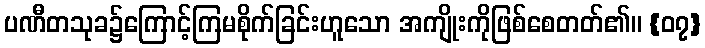
ပဏီတသုခ၌ကြောင့်ကြမစိုက်ခြင်းဟူသော အကျိုးကိုဖြစ်စေတတ်၏။ {၀၇}